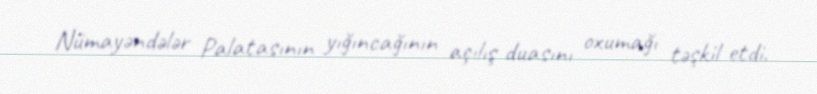
Nümayəndələr Palatasının yığıncağının açılış duasını oxumağı təşkil etdi.